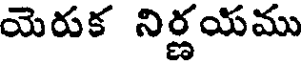
యెరుక నిర్ణయము